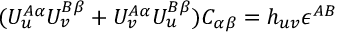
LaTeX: ( { \cal U } _ { u } ^ { A \alpha } { \cal U } _ { v } ^ { B \beta } + { \cal U } _ { v } ^ { A \alpha } { \cal U } _ { u } ^ { B \beta } ) C _ { \alpha \beta } = h _ { u v } \epsilon ^ { A B }